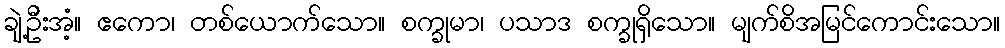
ချဲ့ဦးအံ့။ ဧကော၊ တစ်ယောက်သော။ စက္ခုမာ၊ ပသာဒ စက္ခုရှိသော။ မျက်စိအမြင်ကောင်းသော။